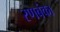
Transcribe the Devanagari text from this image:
रणबंका